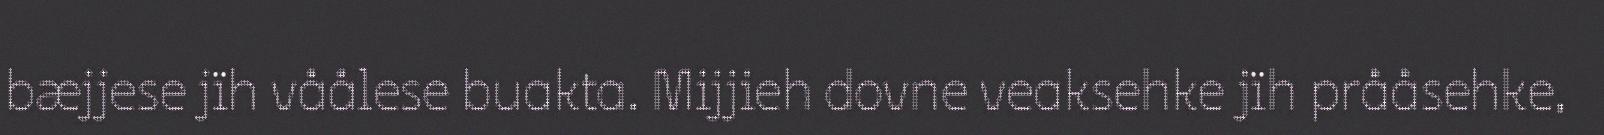
bæjjese jïh våålese buakta. Mijjieh dovne veaksehke jïh prååsehke,